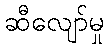
ဆီလျော်မှု